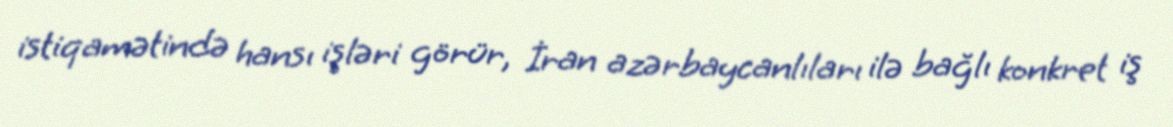
istiqamətində hansı işləri görür, İran azərbaycanlıları ilə bağlı konkret iş